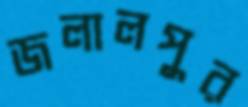
জলালপুর